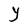
Character: Y